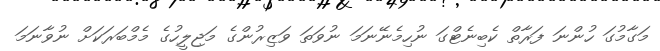
މަގާމުގަ ހުންނަ ފަރާތް ކެބިނެޓްގަ ނުހިމެނޭނަމަ ނުވަތަ ވަޒިރުންގެ މަޖިލީހުގެ މެމްބަރަކަށް ނުވާނަމަ